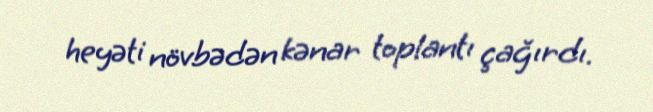
heyəti növbədən kənar toplantı çağırdı.